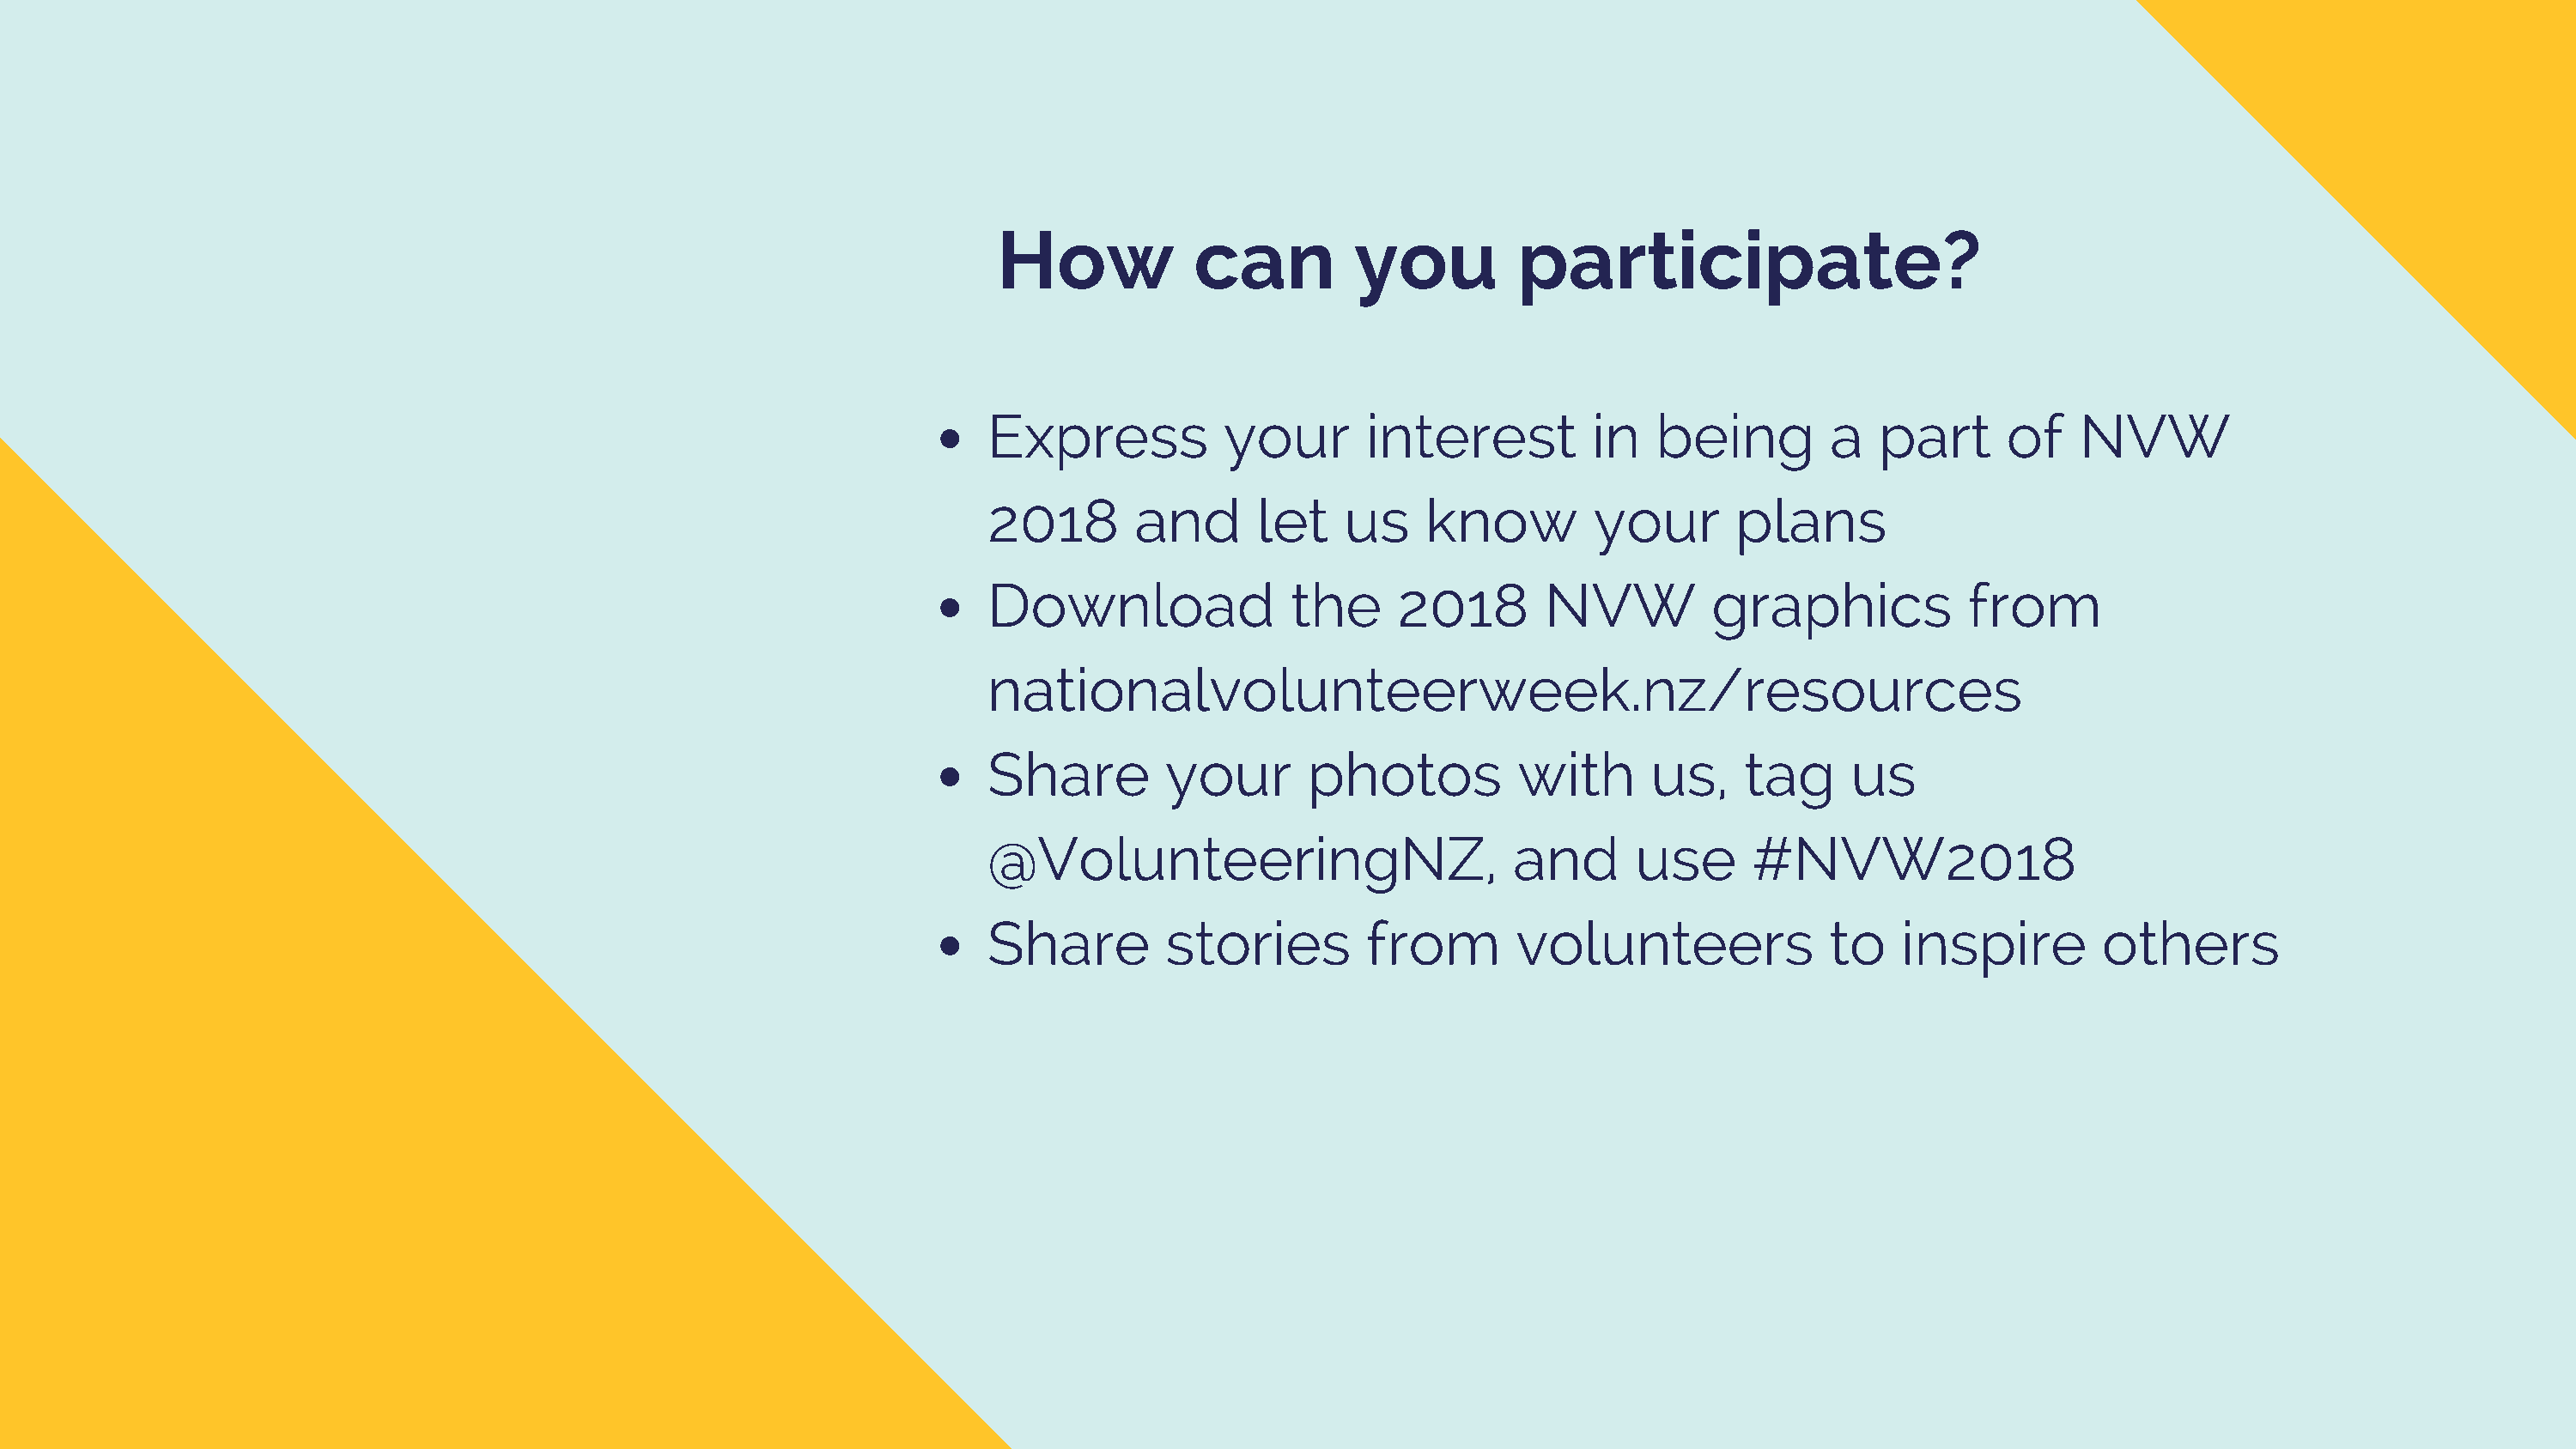
How            can         you          participate?
 Express           your       interest          in   being        a   part      of   NVW
 2018       and       let    us    know         your       plans
 Download                the     2018       NVW          graphics            from
 nationalvolunteerweek.nz/resources
 Share         your       photos          with      us,     tag     us
 @VolunteeringNZ,                         and      use      #NVW2018
 Share         stories        from        volunteers              to    inspire        others